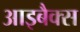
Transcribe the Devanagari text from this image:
आइबैक्स